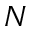
N